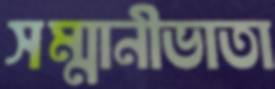
সম্মানীভাতা